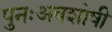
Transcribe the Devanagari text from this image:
पुनःअवशोषी